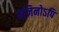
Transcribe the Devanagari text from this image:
यज्ञिनोऽपि